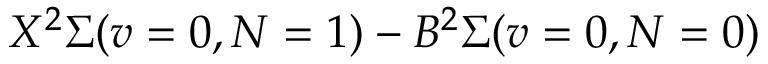
X ^ { 2 } \Sigma ( v = 0 , N = 1 ) - B ^ { 2 } \Sigma ( v = 0 , N = 0 )